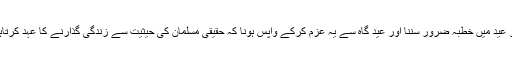
نماز عید میں خطبہ ضرور سننا اور عید گاہ سے یہ عزم کرکے واپس ہونا کہ حقیقی مسلمان کی حیثیت سے زندگی گذارنے کا عہد کرتاہوں۔